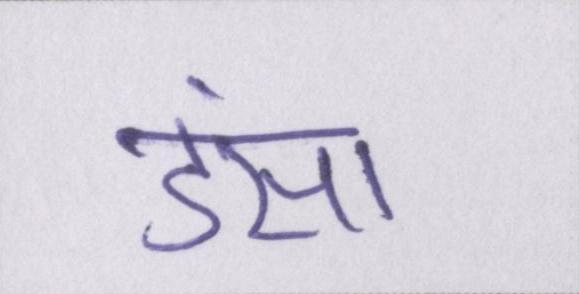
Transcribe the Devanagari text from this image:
डंसा